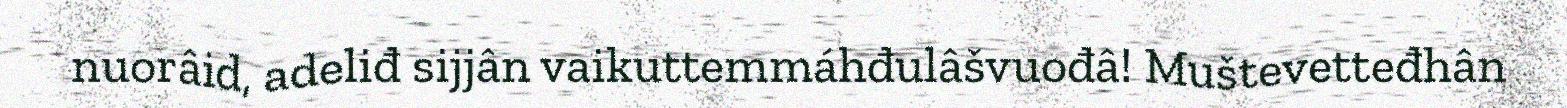
nuorâid, adeliđ sijjân vaikuttemmáhđulâšvuođâ! Muštevetteđhân